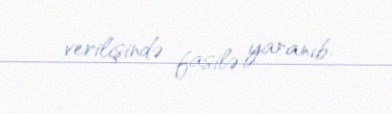
verilişində fasilə yaranıb.